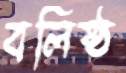
বলিষ্ঠ